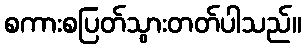
စကားစပြတ်သွားတတ်ပါသည်။